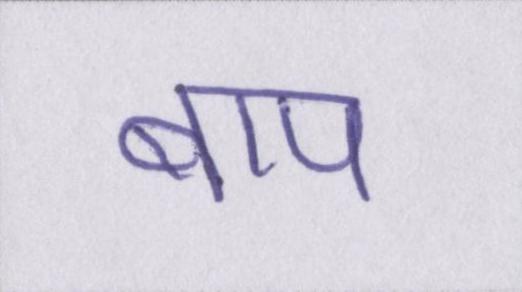
बाप